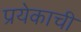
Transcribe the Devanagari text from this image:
प्रयेकाची